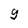
Character: g